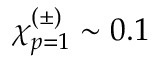
\chi _ { p = 1 } ^ { ( \pm ) } \sim 0 . 1